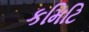
કમિટિ